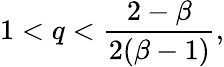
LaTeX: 1<q<\frac{2-\beta}{2(\beta-1)},